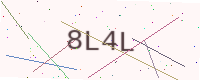
Text: 8L4L